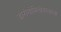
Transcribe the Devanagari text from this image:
डोरोगोमिलोवस्काया